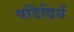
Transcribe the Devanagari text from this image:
षडिंद्रियें